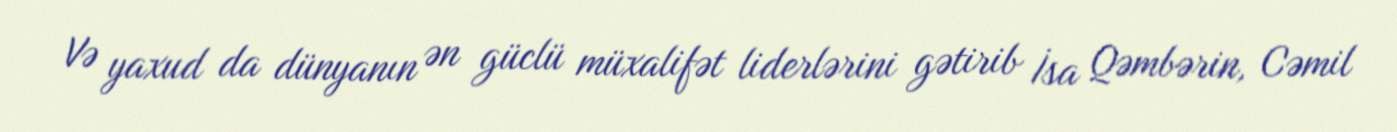
Və yaxud da dünyanın ən güclü müxalifət liderlərini gətirib İsa Qəmbərin, Cəmil